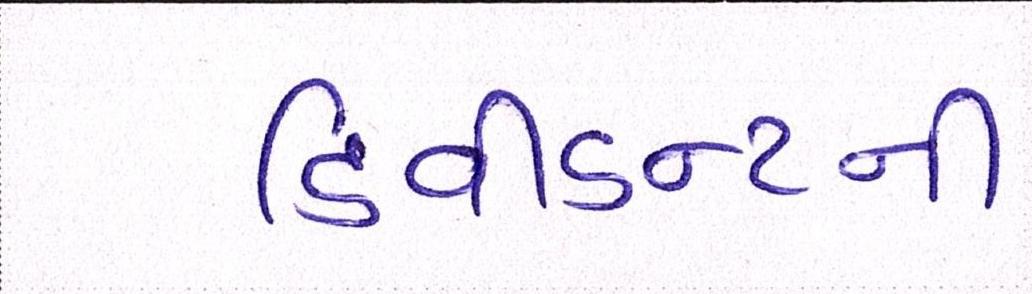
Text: ડિવીડન્ટની